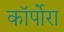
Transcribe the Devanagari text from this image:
कॉर्पोरा